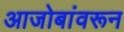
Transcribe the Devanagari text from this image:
आजोबांवरून